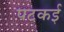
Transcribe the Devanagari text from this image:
पटकई